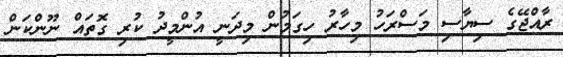
ރާއްޖޭގެ ސިޔާސި މަސްރަހު މިހާރު ހިގަމުން މިދަނީ އުންމީދު ކުރި ގޮތައް ނޫންކަން